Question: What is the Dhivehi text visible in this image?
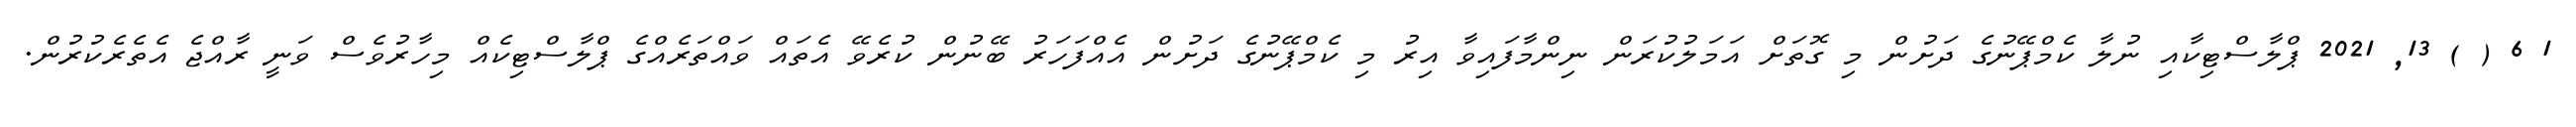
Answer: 1 6 ( ) 13, 2021 ޕްލާސްޓިކާއި ނުލާ ކެމްޕޭނުގެ ދަށުން މި ގޮތަށް އަމަލުކުރަން ނިންމާފައިވާ އިރު މި ކެމްޕޭނުގެ ދަށުން އެއްފަހަރު ބޭނުން ކުރެވޭ އެތައް ވައްތަރެއްގެ ޕްލާސްޓިކެއް މިހާރުވެސް ވަނީ ރާއްޖެ އެތެރެކުރުން.